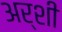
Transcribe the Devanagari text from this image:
अर्शी